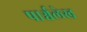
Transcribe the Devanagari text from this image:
पार्श्वलेख